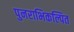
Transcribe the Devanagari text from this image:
पुनराभिकल्पित